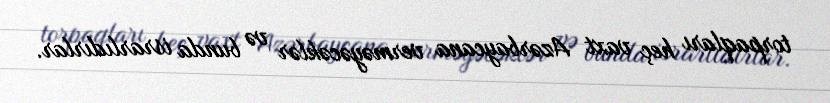
torpaqları heç vaxt Azərbaycana verməyəcəklər və bunda israrlıdırlar.